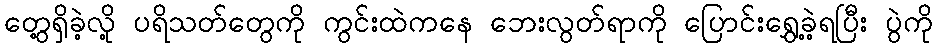
တွေ့ရှိခဲ့လို့ ပရိသတ်တွေကို ကွင်းထဲကနေ ဘေးလွတ်ရာကို ပြောင်းရွှေ့ခဲ့ရပြီး ပွဲကို